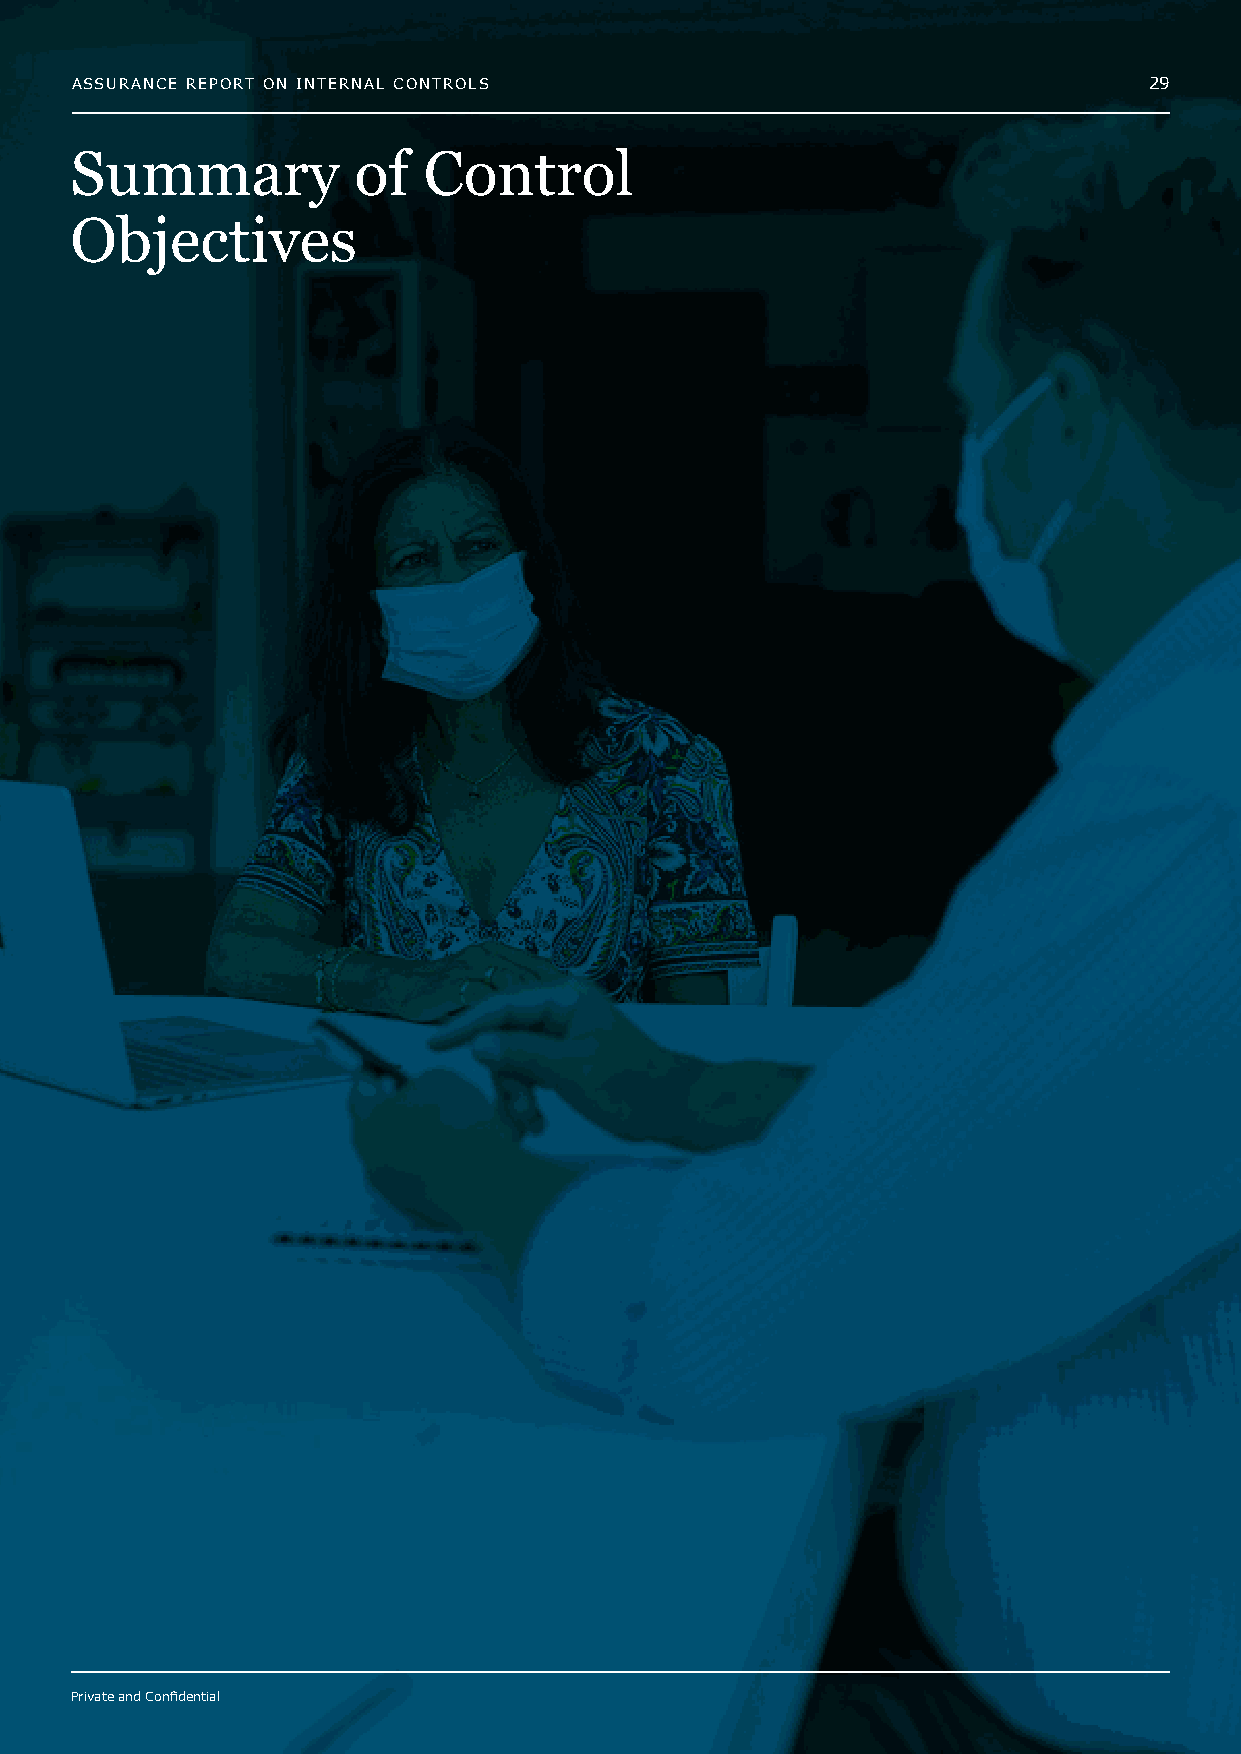
ASSURANCE REPORT ON INTERNAL CONTROLS                                  29
 Summary           of   Control
 Objectives
 Private and Confidential